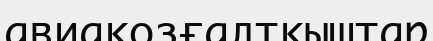
авиақозғалтқыштар